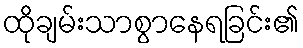
ထိုချမ်းသာစွာနေရခြင်း၏